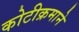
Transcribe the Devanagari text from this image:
कोटीक्रमाने